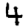
Digit: 4